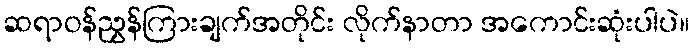
ဆရာဝန်ညွှန်ကြားချက်အတိုင်း လိုက်နာတာ အကောင်းဆုံးပါပဲ။